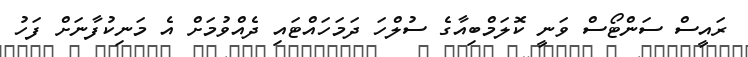
ރައީސް ސަންޓޯސް ވަނީ ކޮލަމްބިއާގެ ސުލްހަ ދަމަހައްޓައި ދެއްވުމަށް އެ މަނިކުފާނަށް ފަހު